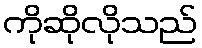
ကိုဆိုလိုသည်